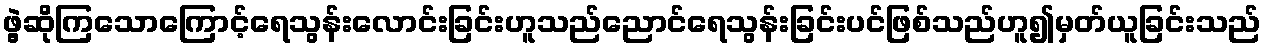
ဖွဲ့ဆိုကြသောကြောင့်ရေသွန်းလောင်းခြင်းဟူသည်ညောင်ရေသွန်းခြင်းပင်ဖြစ်သည်ဟူ၍မှတ်ယူခြင်းသည်